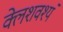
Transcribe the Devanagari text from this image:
क्लेशवश्यं